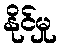
နိုင်မှု